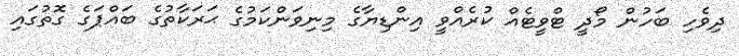
ދިވެހި ބަހުން މޯދީ ޓްވީޓެއް ކުރެއްވީ އިންޑިޔާގެ މިނިވަންކަމުގެ ޙަރަކާތުގެ ބައްޕަގެ ގޮތުގައި